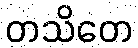
တသိတေ